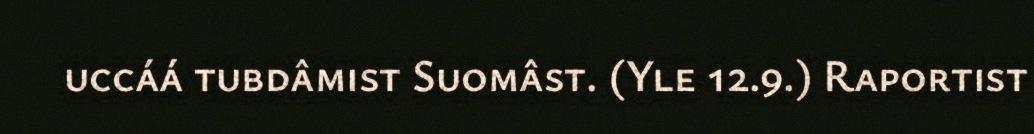
uccáá tubdâmist Suomâst. (Yle 12.9.) Raportist